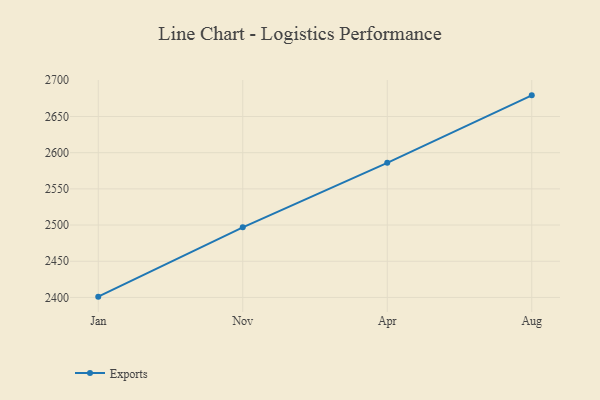
{"axis": {"x": "Month", "y": "Net Income (USD K)"}, "legend": ["Exports"], "data": [{"x": "Jan", "y": 2401.1, "type": "Exports"}, {"x": "Nov", "y": 2496.9, "type": "Exports"}, {"x": "Apr", "y": 2586.0, "type": "Exports"}, {"x": "Aug", "y": 2679.2, "type": "Exports"}]}